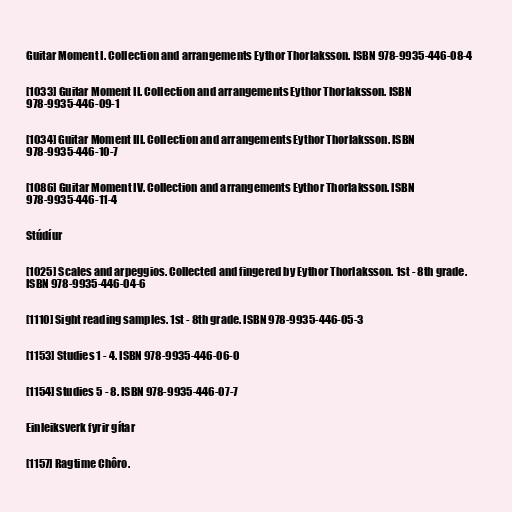
Guitar Moment I. Collection and arrangements Eythor Thorlaksson. ISBN 978-9935-446-08-4

[1033] Guitar Moment II. Collection and arrangements Eythor Thorlaksson. ISBN
978-9935-446-09-1

[1034] Guitar Moment III. Collection and arrangements Eythor Thorlaksson. ISBN
978-9935-446-10-7

[1086] Guitar Moment IV. Collection and arrangements Eythor Thorlaksson. ISBN
978-9935-446-11-4

Stúdíur

[1025] Scales and arpeggios. Collected and fingered by Eythor Thorlaksson. 1st - 8th grade.
ISBN 978-9935-446-04-6

[1110] Sight reading samples. 1st - 8th grade. ISBN 978-9935-446-05-3

[1153] Studies 1 - 4. ISBN 978-9935-446-06-0

[1154] Studies 5 - 8. ISBN 978-9935-446-07-7

Einleiksverk fyrir gítar

[1157] Ragtime Chôro.